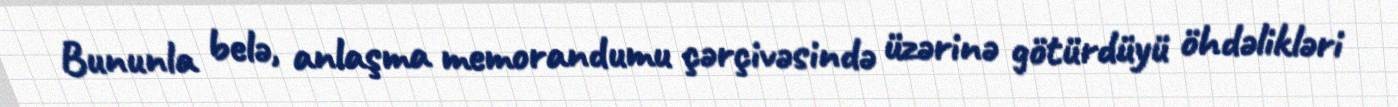
Bununla belə, anlaşma memorandumu çərçivəsində üzərinə götürdüyü öhdəlikləri